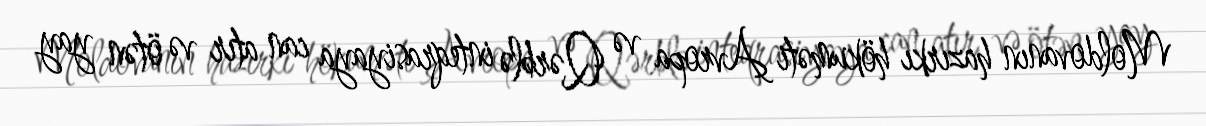
Moldovanın hazırkı hökuməti Avropa və Qərblə inteqrasiyaya can atır və ötən yay